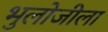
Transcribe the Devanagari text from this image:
भुलोजीला